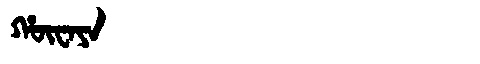
Manchu: ᡥᡡᠸᠠᠶᠠ
Romanization: HŪWAYA